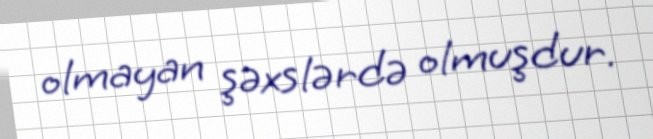
olmayan şəxslərdə olmuşdur.